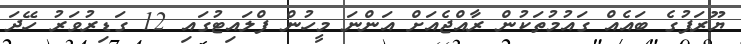
ޔޫރަޕުގެ ބައެއް ގައުމުތަކުން ރާއްޖެއަށް އަންނަ މީހުން ފްލައިޓުގައި 12 ގަޑިރުވަރު ހޭދަ